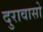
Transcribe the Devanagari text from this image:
दुरावासो